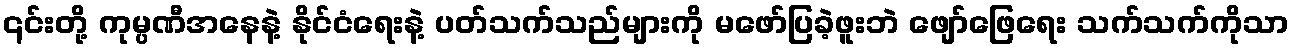
၎င်းတို့ ကုမ္ပဏီအနေနဲ့ နိုင်ငံရေးနဲ့ ပတ်သက်သည်များကို မဖော်ပြခဲ့ဖူးဘဲ ဖျော်ဖြေရေး သက်သက်ကိုသာ